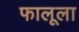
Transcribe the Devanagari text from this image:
फालूला